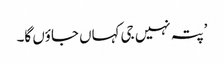
’پتہ نہیں جی کہاں جاؤں گا۔